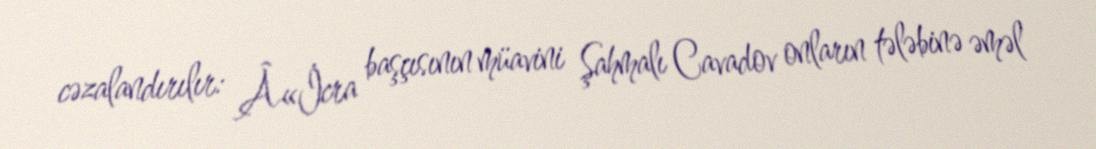
cəzalandırılır: Â«İcra başçısının müavini Şahmalı Cavadov onların tələbinə əməl